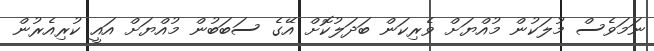
ނަމަވެސް މުލަކުން މުއްޔަށް ވެރިކަން ބަދަލުކޮށް އޭގެ ސަބަބުން މުއްޔަށް އައީ ކުރިއެރުން